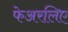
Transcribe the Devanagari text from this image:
फेअरलिए